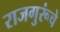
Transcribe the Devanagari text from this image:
राजगुरूंचे